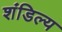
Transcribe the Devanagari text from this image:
शंडिल्य